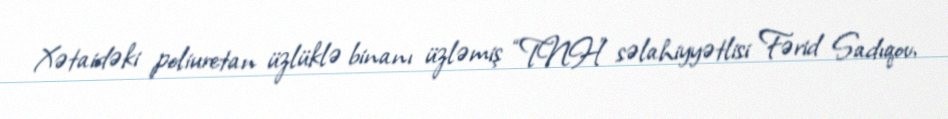
Xətaidəki poliuretan üzlüklə binanı üzləmiş “TNH” səlahiyyətlisi Fərid Sadıqov,